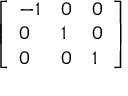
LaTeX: \left[ { \begin{array} { l l l } { - 1 } & { 0 } & { 0 } \\ { 0 } & { 1 } & { 0 } \\ { 0 } & { 0 } & { 1 } \end{array} } \right]